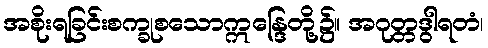
အစိုးရခြင်းစက္ခုစသောဣန္ဒြေတို့၌။ အဂုတ္တဒွါရတံ၊